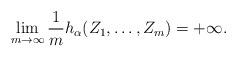
LaTeX: \begin{align*} \lim_{m \to \infty} \frac{1}{m} h_{\alpha}(Z_{1}, \ldots, Z_{m}) = +\infty. \end{align*}